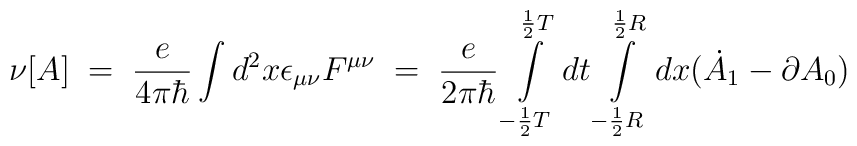
\nu[A] \;=\; \frac {e}{4 \pi \hbar} \int d^2 x \epsilon_{\mu\nu}F^{\mu\nu}\;=\;\frac {e}{2 \pi \hbar}\int \limits_{-\frac{1}{2}T}^{\frac{1}{2}T}dt\int \limits_{-\frac{1}{2}{R}}^{\frac{1}{2}{R}}dx(\dot A_1 -\partial  A_0)